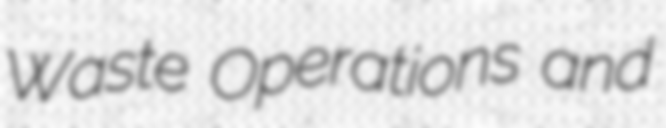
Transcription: Waste Operations and